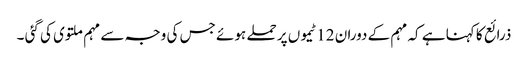
ذرائع کا کہنا ہے کہ مہم کے دوران 12 ٹیموں پر حملے ہوئے جس کی وجہ سے مہم ملتوی کی گئی ۔